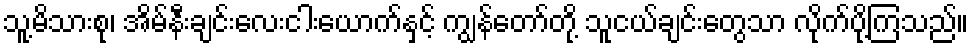
သူ့မိသားစု၊ အိမ်နီးချင်းလေးငါးယောက်နှင့် ကျွန်တော်တို့ သူငယ်ချင်းတွေသာ လိုက်ပို့ကြသည်။